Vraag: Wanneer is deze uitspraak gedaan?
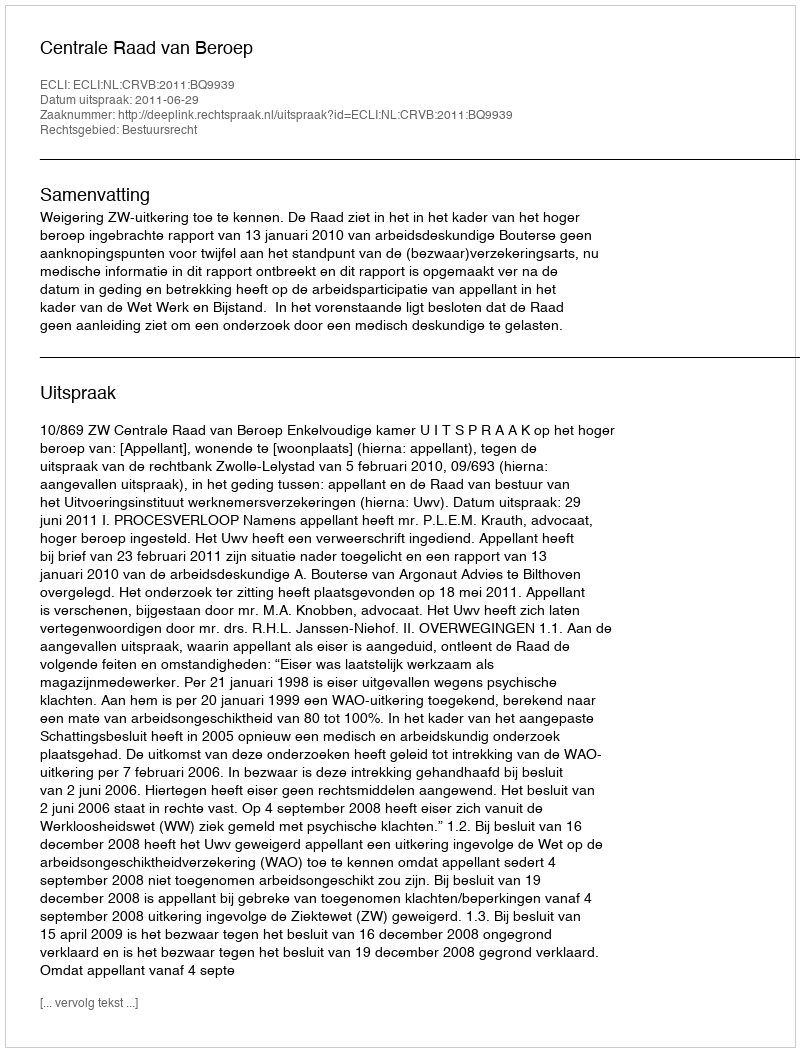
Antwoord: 2011-06-29